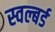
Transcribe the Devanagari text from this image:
स्वल्बर्ड